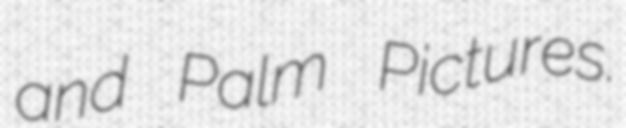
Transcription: and Palm Pictures.